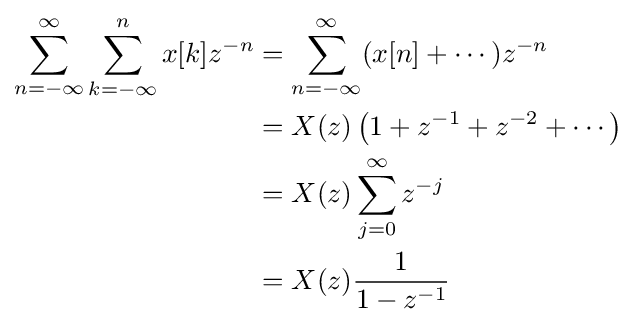
{\begin{aligned}\sum _{n=-\infty }^{\infty }\sum _{k=-\infty }^{n}x[k]z^{-n}&=\sum _{n=-\infty }^{\infty }(x[n]+\cdots )z^{-n}\\&=X(z)\left(1+z^{-1}+z^{-2}+\cdots \right)\\&=X(z)\sum _{j=0}^{\infty }z^{-j}\\&=X(z){\frac {1}{1-z^{-1}}}\end{aligned}}